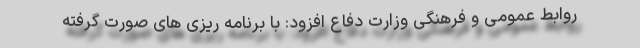
روابط عمومی و فرهنگی وزارت دفاع افزود: با برنامه ریزی های صورت گرفته